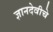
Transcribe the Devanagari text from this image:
ज्ञानदेवीचे